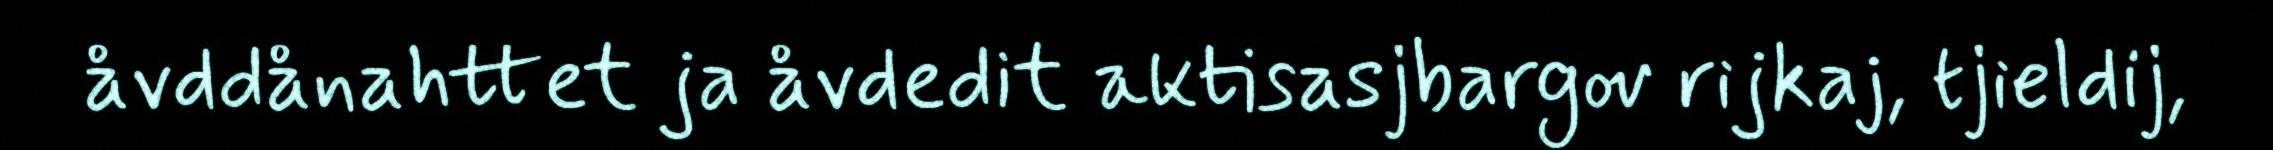
åvddånahttet ja åvdedit aktisasjbargov rijkaj, tjieldij,